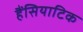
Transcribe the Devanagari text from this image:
हैंसियाटिक